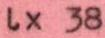
lx 38